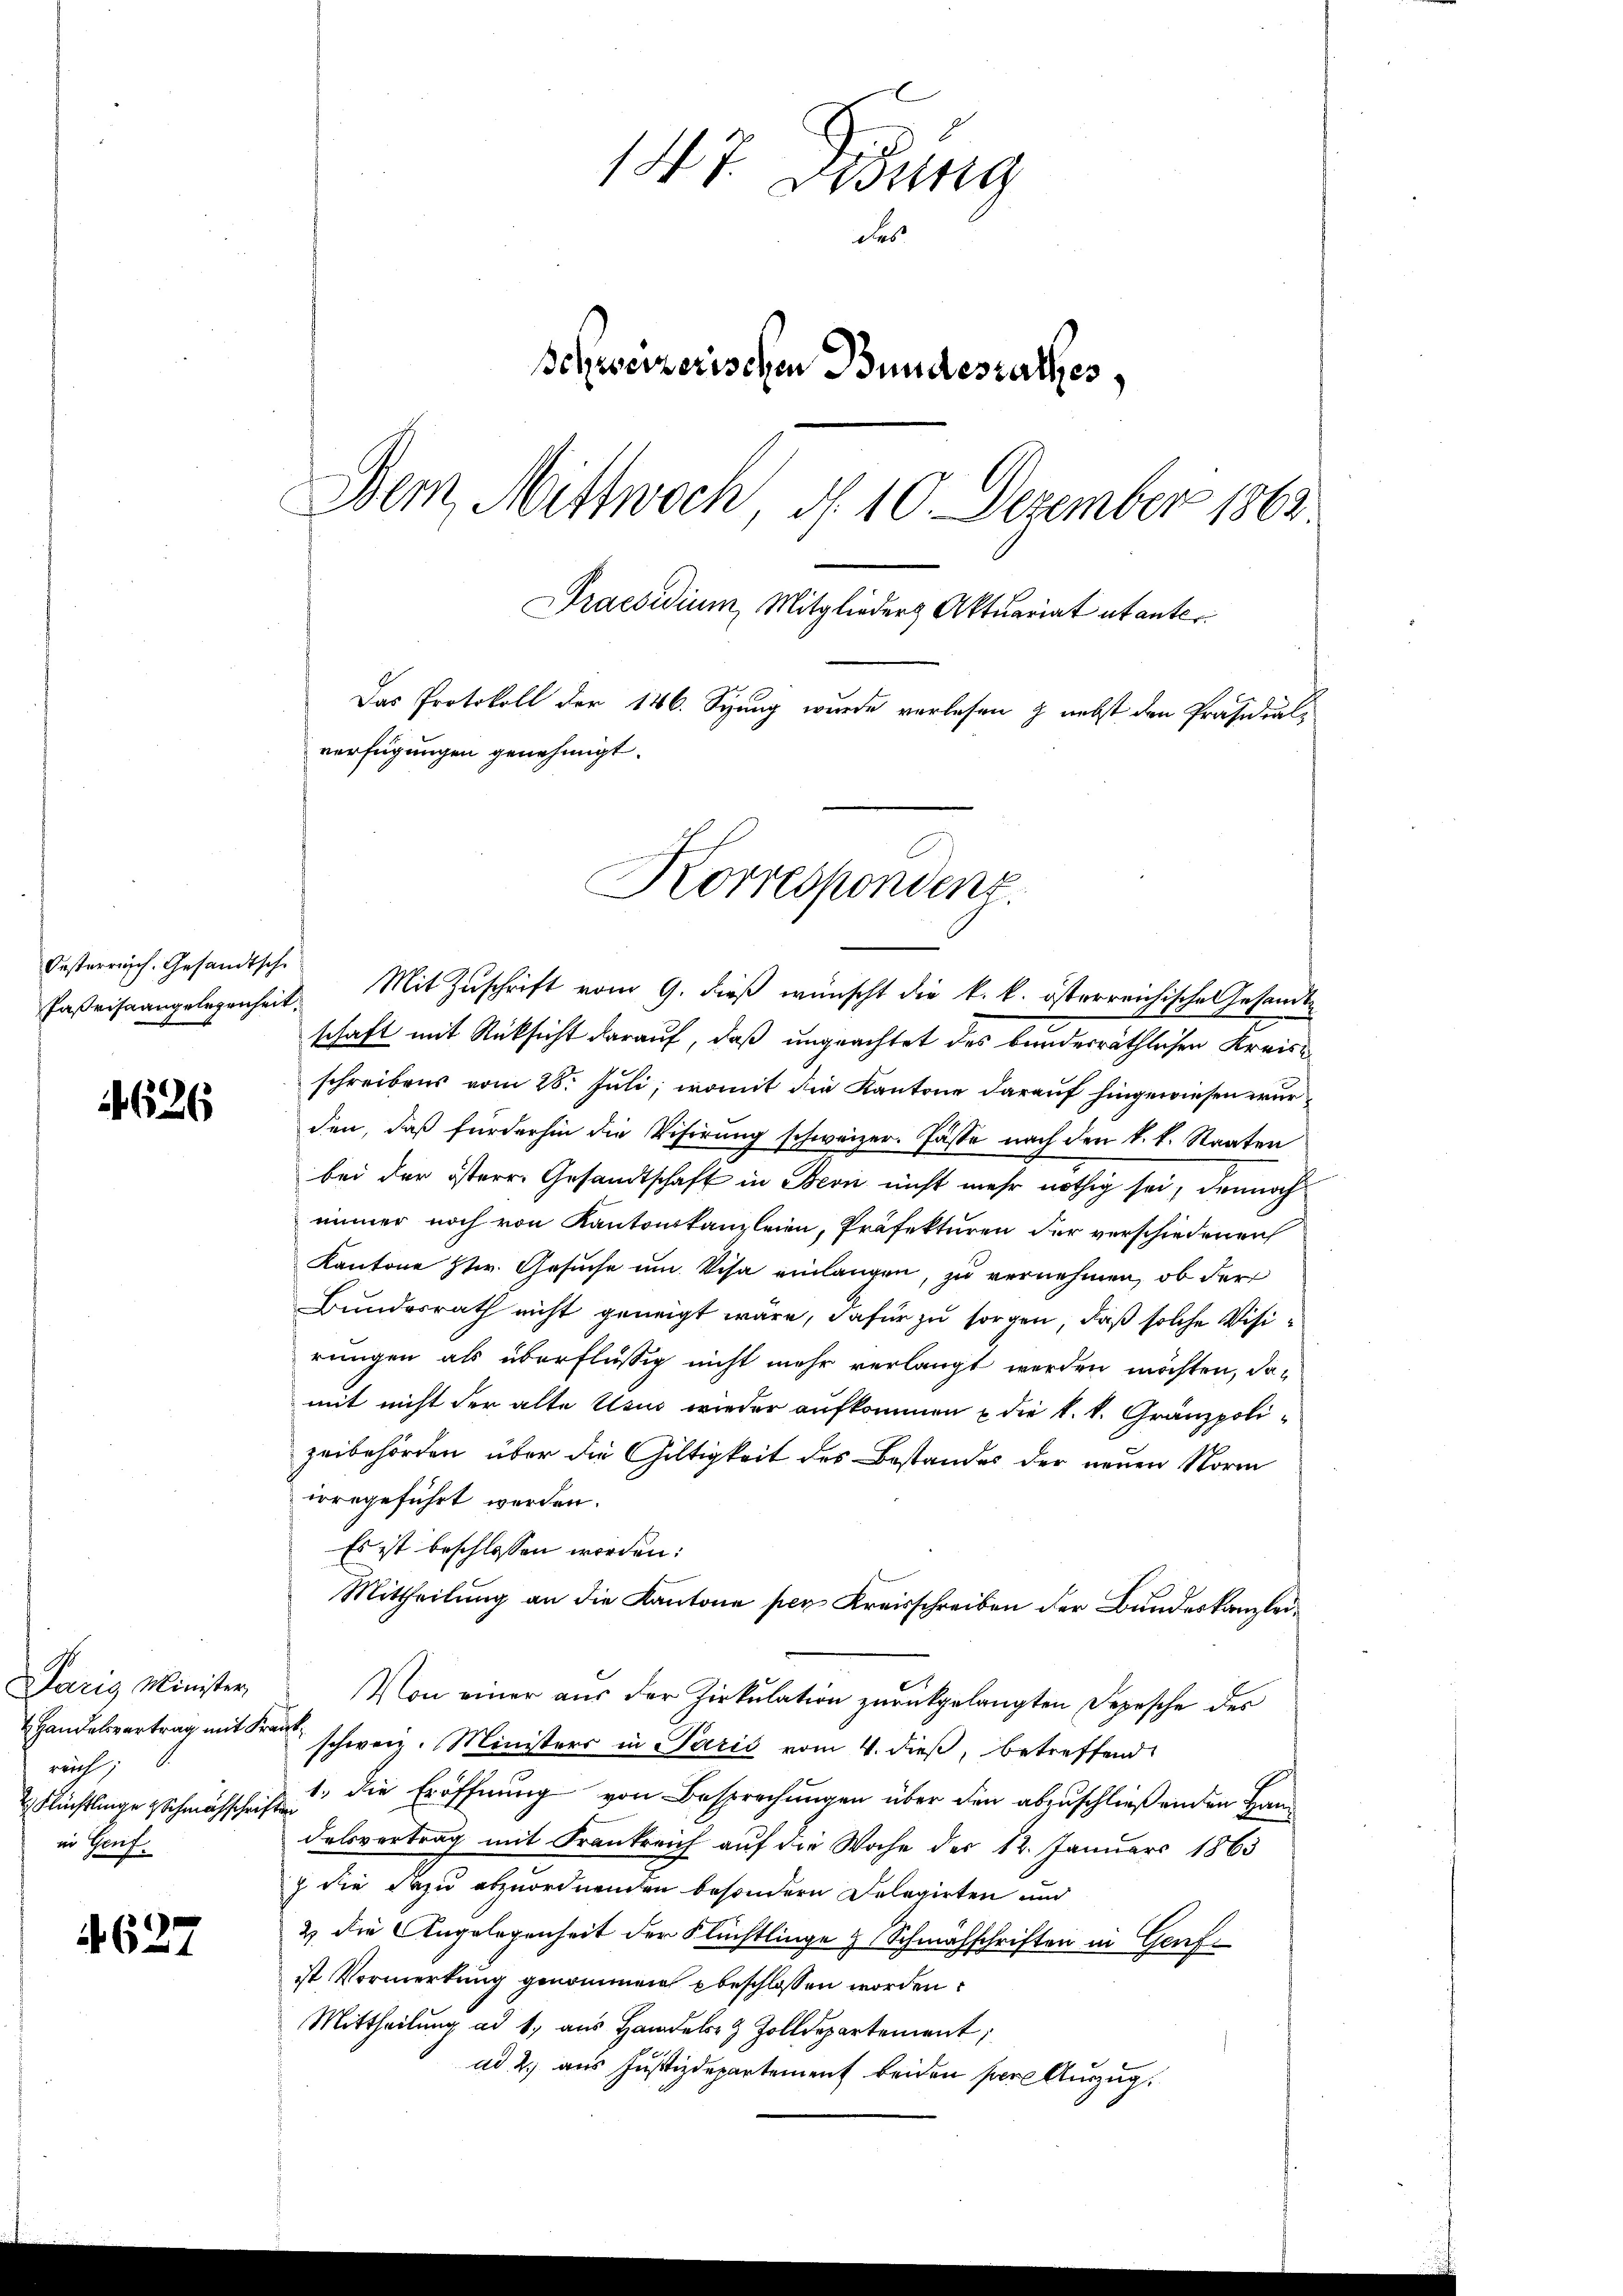
Oesterreich. Gesandtsche

4626

Paris Minister,
reich
2 Flüchtlinge & Schmachschriften
in Genf.

4627

Faβristangelegenheit. Mit Zŭschrift vom 9. dieβ wünscht die k. k. österreichische Gesandtschaft mit Rücksicht darauf, daß ungeachtet des bundesräthlichen Kreisschreibens vom 28. Juli, womit die Kantone darauf hingewiesen wurden, daß fürderhin die Visirung schweizer. Fässe nach den k. k. Staaten
bei der österr. Gesandtschaft in Bern nicht mehr nöthig sei, dennoch
immer noch von Kantonskanzleien, Präfekturen der verschiedenen
Kantone Ztr. Gesuche um Visa einlangen, zu vernehmen, ob der
Bundesrath nicht geneigt wäre, dafür zu sorgen, daß solche Visirungen als überflüssig nicht mehr verlangt werden möchten, damit nicht der alte Usus wieder aufkommen u die k. k. Gränzpolizeibehörden über die Gültigkeit des Bestandes der neuen Norm
irregeführt werden.
Es ist beschlossen worden:
Mittheilung an die Kantone per Kreisschreiben der Bundeskanzlei¬
Von einer aŭs der Zirkŭlation zŭrückgelangten Depesche des
 Handelsvertrag mit Frau schweiz. Ministers in Paris vom 4. dieβ, betreffend
1. die Eröffnung von Besprechungen über den abzuschließenden Handelsvertrag mit Frankreich auf die Woche der 12. Januars 1863
z die dazu abzuordnenden besondern Delegirten und
2 die Angelegenheit der Flüchtlinge & Schmähschriften in Genfist Vormerkung genommen beschlossen worden?
Mittheilung ad 1., aus Handel & Zolldepartement;
ad 2., aus Justizdepartement beiden pere Auszug.

147. Disung
des
Schweizerischen Bundesrathes,
Dem Mittwoch, d. 10. Dezember 1863.
Praesidium, Mitglieder Aktuariat utante
Das Protokoll der 146. Syung wurde verlesen & nebst den Präsidialverfügungen genehmigt.

Korrespondenz.